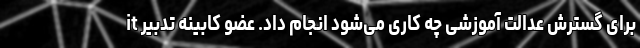
it برای گسترش عدالت آموزشی چه کاری می‌شود انجام داد. عضو کابینه تدبیر